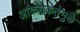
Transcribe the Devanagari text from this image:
आक्रमकतेमुळे